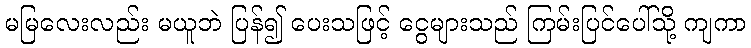
မမြလေးလည်း မယူဘဲ ပြန်၍ ပေးသဖြင့် ငွေများသည် ကြမ်းပြင်ပေါ်သို့ ကျကာ